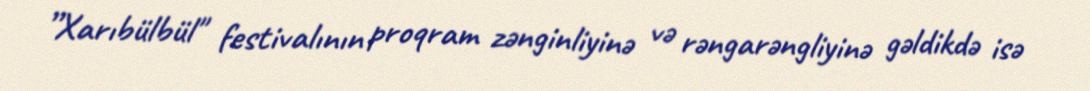
”Xarıbülbül" festivalının proqram zənginliyinə və rəngarəngliyinə gəldikdə isə